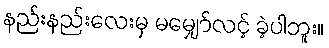
နည်းနည်းလေးမှ မမျှော်လင့် ခဲ့ပါဘူး။